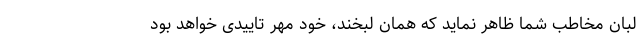
لبان مخاطب شما ظاهر نماید که همان لبخند، خود مهر تاییدی خواهد بود